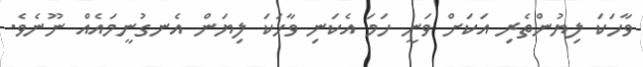
ވާހަކަ ލިޔުންތެރި އަކަށް ވަނީ ހަމަ އެކަނި ވާހަކަ ލިޔަން އެނގުނީމައެއް ނޫނެވެ.